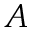
A